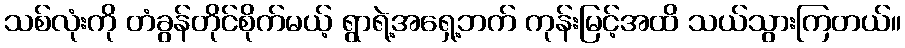
သစ်လုံးကို တံခွန်တိုင်စိုက်မယ့် ရွာရဲ့အရှေ့ဘက် ကုန်းမြင့်အထိ သယ်သွားကြတယ်။